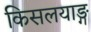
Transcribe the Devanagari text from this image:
किसलयाङ्ग